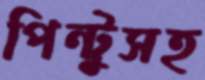
পিন্টুসহ